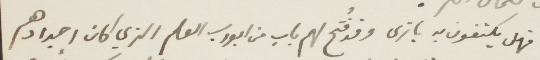
فهم يكتفون به يا ترى وقد فُتح لهم باب من ابواب العلم الذي كان اجدادهم